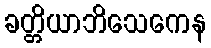
ခတ္တိယာဘိသေကေန